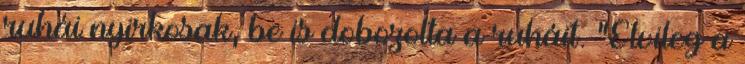
ruhái nyirkosak, be is dobozolta a ruháit. “Elvileg a